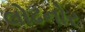
લોઢનોર